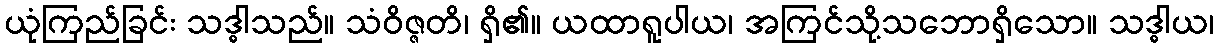
ယုံကြည်ခြင်း သဒ္ဓါသည်။ သံဝိဇ္ဇတိ၊ ရှိ၏။ ယထာရူပါယ၊ အကြင်သို့သဘောရှိသော။ သဒ္ဓါယ၊